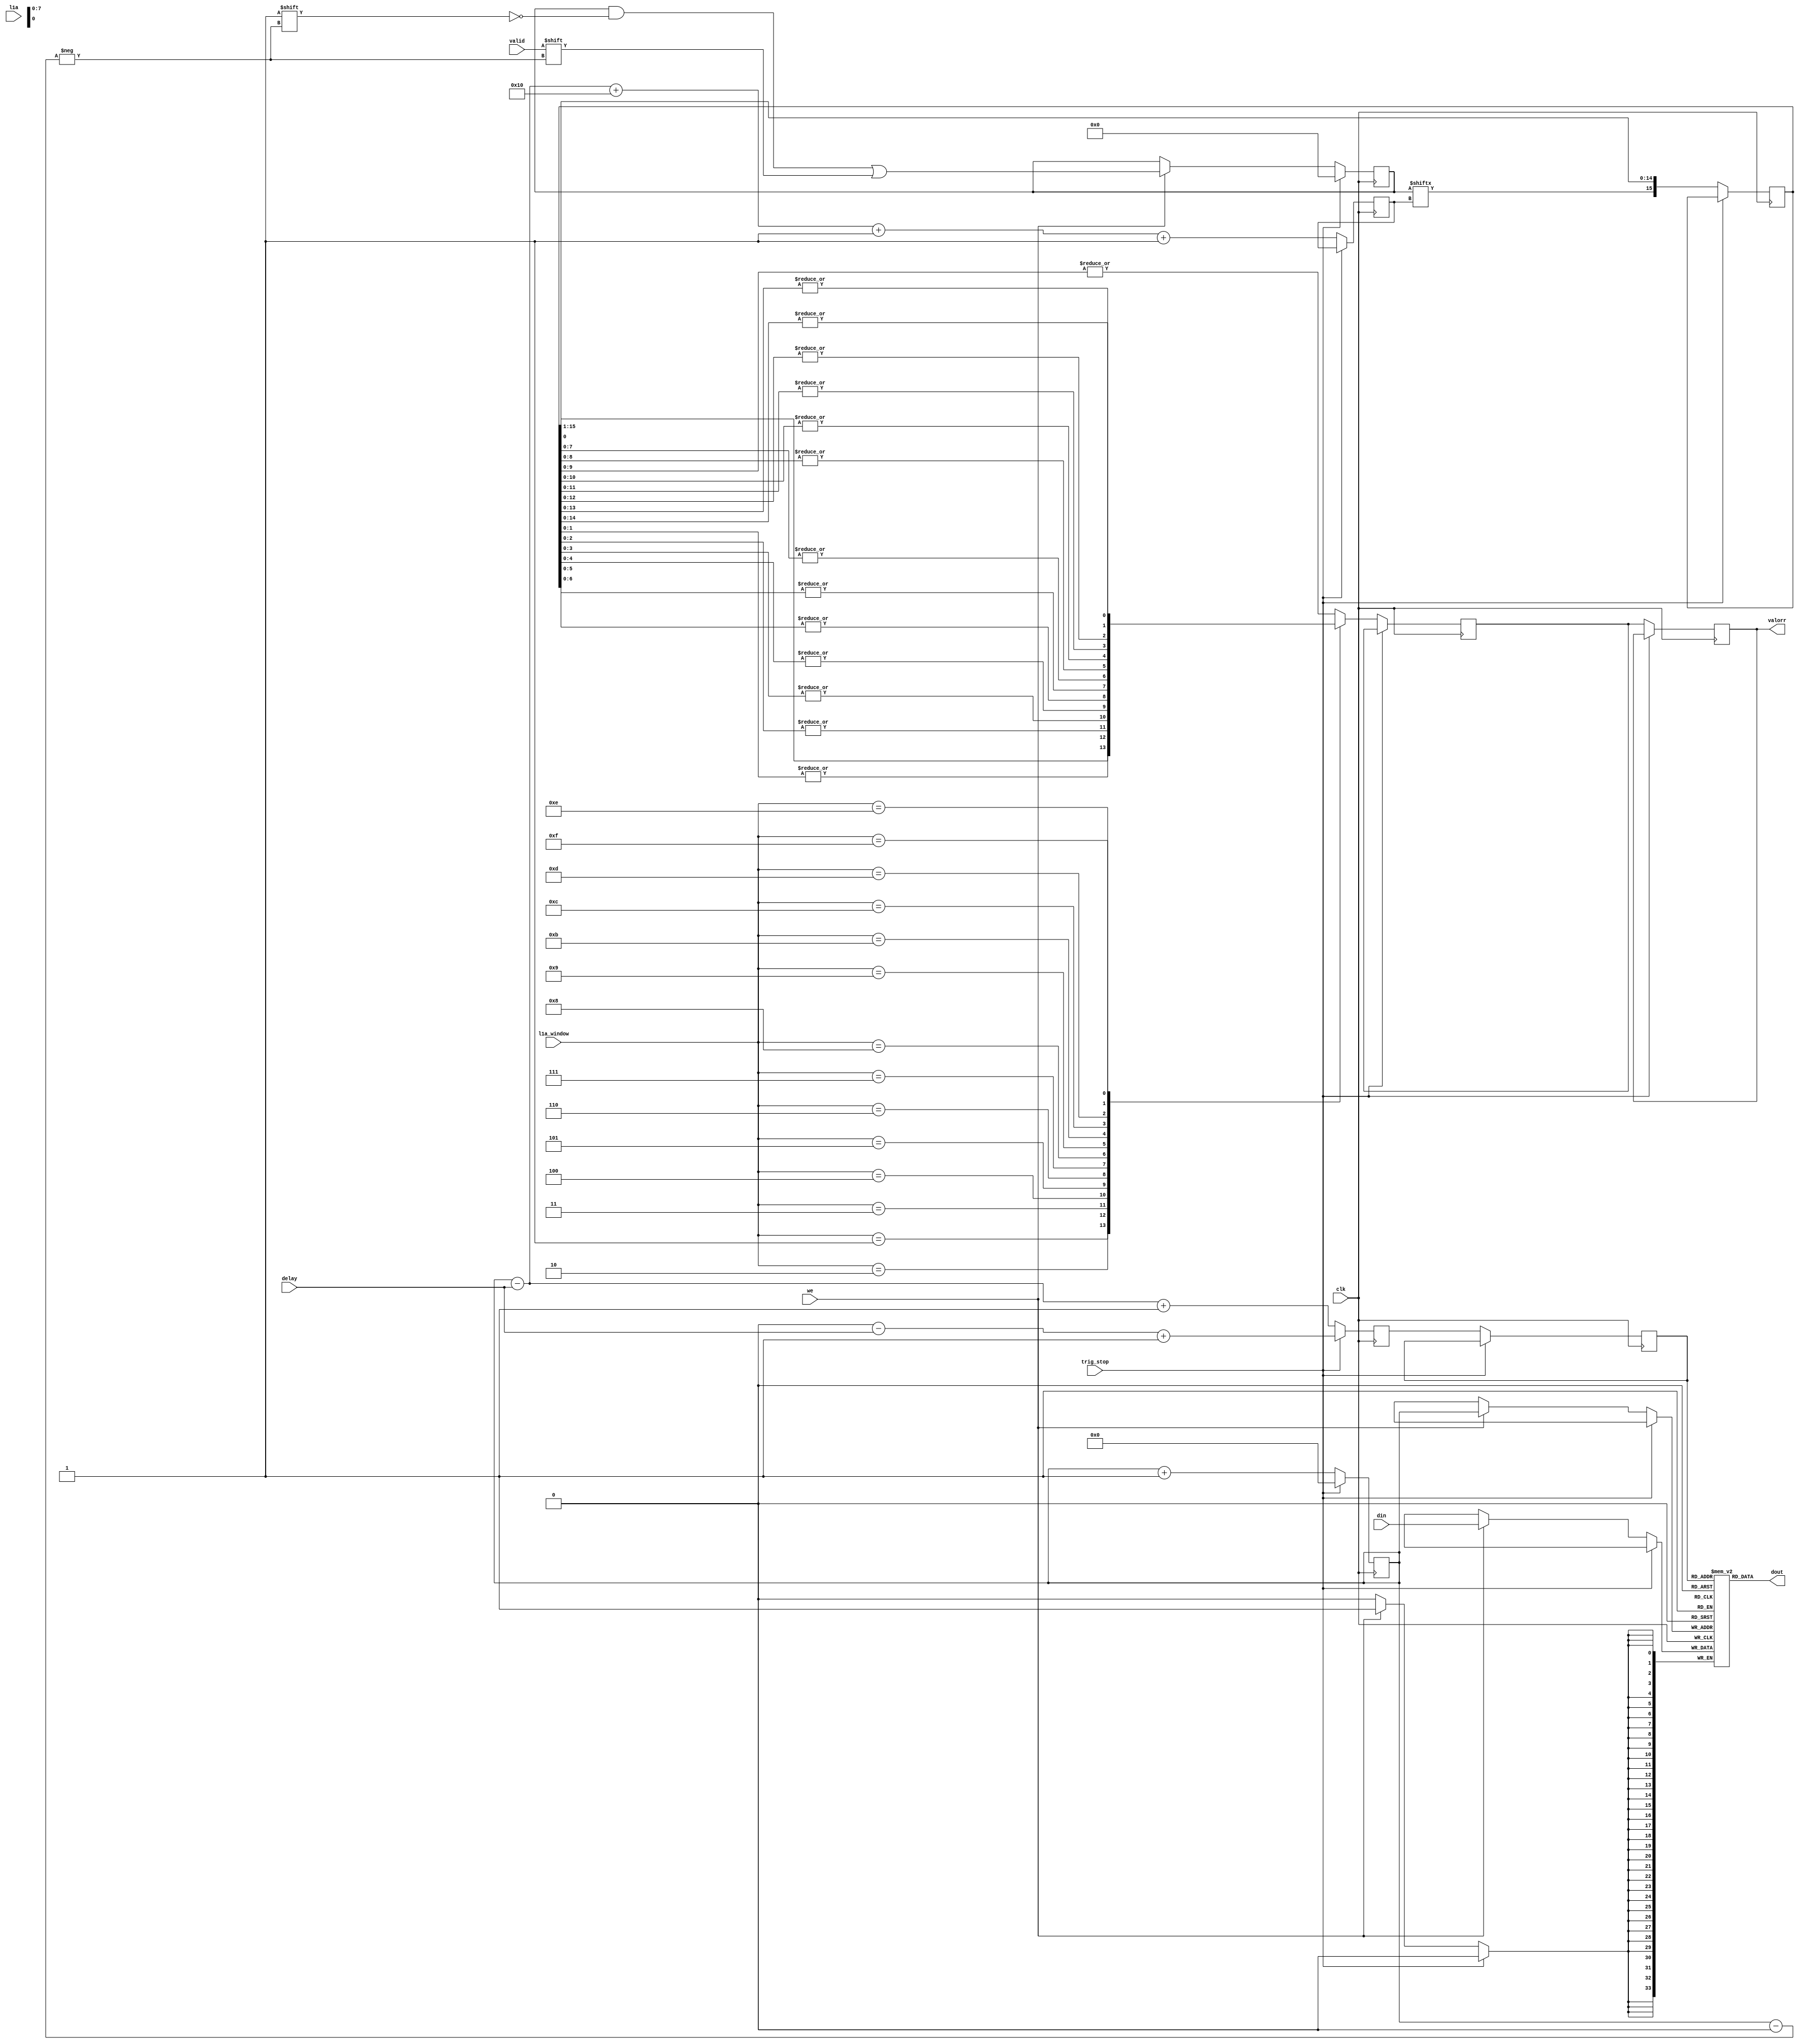
// This  Verilog HDL  source  file was  automatically generated
// by C++ model based on VPP library. Modification of this file
// is possible, but if you want to keep it in sync with the C++
// model,  please  modify  the model and re-generate this file.
// VPP library web-page: http://www.phys.ufl.edu/~madorsky/vpp/

// Timestamp : Tue Feb 19 18:16:53 2013

module best_delay
(
    din,
    dout,
    delay,
    we,
    l1a,
    l1a_window,
    valid,
    valorr,
    trig_stop,
    clk
);

    input [33:0] din;
    output [33:0] dout;
    input [7:0] delay;
    input we;
    input l1a;
    input [3:0] l1a_window;
    input valid;
    output valorr;
    reg    valorr;
    input trig_stop;
    input clk;

    reg [33:0] mem [255:0];
    // synthesis attribute ram_style of mem is block
    reg [255:0] val;
    // synthesis attribute ram_style of val is distributed
    reg [7:0] adw;
    reg [7:0] adr;
    reg [7:0] adrr;
    reg [7:0] advr;
    reg valout;
    reg [15:0] val_sh;
initial val = 0;
initial adw = 0;
initial adr = 0;
    reg valor;
    always @(posedge clk) 
    begin
        if (trig_stop) 
        begin
            val = 255'h0;
            adw = 0;
            adr = (adw - delay) + 1;
        end
        else 
        begin
            valorr = valor;
            if (we) mem[adw] = din;
            adrr = adr;
            adr = (adw - delay) + 1;
            valout = val[advr];
            if (we) val[adw] = valid;
            advr = (((adw - delay) + 16) + 1) + 1;
            adw = adw + 1;
            case (l1a_window)
                1 : 
                begin
                    valor = val_sh[0];
                end
                2 : 
                begin
                    valor = |val_sh[1:0];
                end
                3 : 
                begin
                    valor = |val_sh[2:0];
                end
                4 : 
                begin
                    valor = |val_sh[3:0];
                end
                5 : 
                begin
                    valor = |val_sh[4:0];
                end
                6 : 
                begin
                    valor = |val_sh[5:0];
                end
                7 : 
                begin
                    valor = |val_sh[6:0];
                end
                8 : 
                begin
                    valor = |val_sh[7:0];
                end
                9 : 
                begin
                    valor = |val_sh[8:0];
                end
                10 : 
                begin
                    valor = |val_sh[9:0];
                end
                11 : 
                begin
                    valor = |val_sh[10:0];
                end
                12 : 
                begin
                    valor = |val_sh[11:0];
                end
                13 : 
                begin
                    valor = |val_sh[12:0];
                end
                14 : 
                begin
                    valor = |val_sh[13:0];
                end
                15 : 
                begin
                    valor = |val_sh[14:0];
                end
                default : 
                begin
                    valor = |val_sh[9:0];
                end
            endcase
            val_sh = {valout, val_sh[15:1]};
        end
    end
    assign dout = mem[adrr];
endmodule